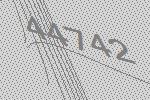
44742